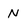
Character: N